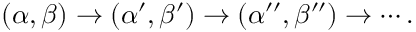
( \alpha , \beta ) \to ( \alpha ^ { \prime } , \beta ^ { \prime } ) \to ( \alpha ^ { \prime \prime } , \beta ^ { \prime \prime } ) \to \cdots .